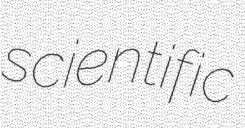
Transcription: scientific